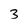
Character: 3